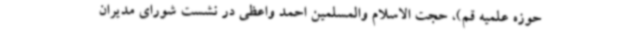
حوزه علمیه قم)، حجت الاسلام والمسلمین احمد واعظی در نشست شورای مدیران